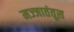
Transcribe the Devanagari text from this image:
मज्जातंतूस